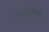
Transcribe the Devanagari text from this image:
ज्योतिषो